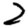
Digit: 2